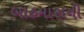
બાહમાસની